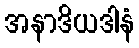
အနာဒိယဒါနံ